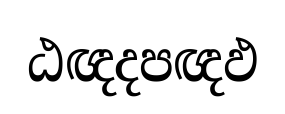
ඨඥදපඥඵ